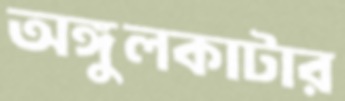
অঙ্গুলকাটার